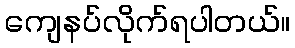
ကျေနပ်လိုက်ရပါတယ်။